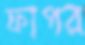
ফাপর